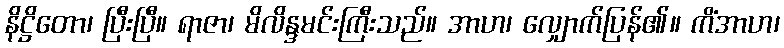
နိဋ္ဌိတော၊ ပြီးပြီ။ ရာဇာ၊ မိလိန္ဒမင်းကြီးသည်။ အာဟ၊ လျှောက်ပြန်၏။ ကိံအာဟ၊